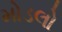
મોડલો